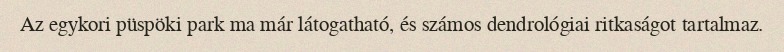
Az egykori püspöki park ma már látogatható, és számos dendrológiai ritkaságot tartalmaz.